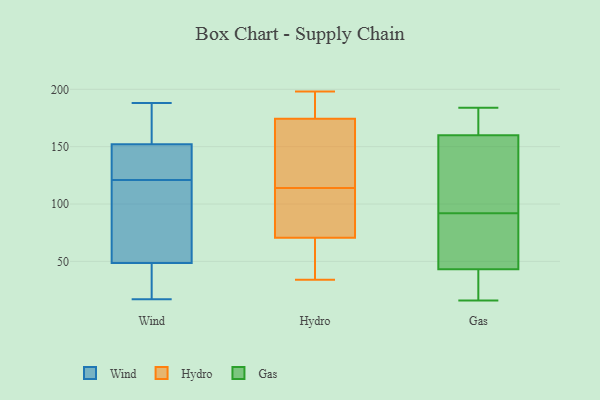
{"axis": {"x": "Operating Costs (USD K)", "y": "Value"}, "legend": ["Gas", "Hydro", "Wind"], "data": [{"x": "", "y": 153, "type": "Wind"}, {"x": "", "y": 154, "type": "Wind"}, {"x": "", "y": 137, "type": "Wind"}, {"x": "", "y": 123, "type": "Wind"}, {"x": "", "y": 18, "type": "Wind"}, {"x": "", "y": 99, "type": "Wind"}, {"x": "", "y": 143, "type": "Wind"}, {"x": "", "y": 30, "type": "Wind"}, {"x": "", "y": 103, "type": "Wind"}, {"x": "", "y": 66, "type": "Wind"}, {"x": "", "y": 31, "type": "Wind"}, {"x": "", "y": 17, "type": "Wind"}, {"x": "", "y": 173, "type": "Wind"}, {"x": "", "y": 151, "type": "Wind"}, {"x": "", "y": 188, "type": "Wind"}, {"x": "", "y": 86, "type": "Wind"}, {"x": "", "y": 19, "type": "Wind"}, {"x": "", "y": 119, "type": "Wind"}, {"x": "", "y": 139, "type": "Wind"}, {"x": "", "y": 153, "type": "Wind"}, {"x": "", "y": 120, "type": "Hydro"}, {"x": "", "y": 114, "type": "Hydro"}, {"x": "", "y": 194, "type": "Hydro"}, {"x": "", "y": 45, "type": "Hydro"}, {"x": "", "y": 181, "type": "Hydro"}, {"x": "", "y": 172, "type": "Hydro"}, {"x": "", "y": 198, "type": "Hydro"}, {"x": "", "y": 79, "type": "Hydro"}, {"x": "", "y": 79, "type": "Hydro"}, {"x": "", "y": 123, "type": "Hydro"}, {"x": "", "y": 34, "type": "Hydro"}, {"x": "", "y": 35, "type": "Hydro"}, {"x": "", "y": 111, "type": "Hydro"}, {"x": "", "y": 163, "type": "Gas"}, {"x": "", "y": 20, "type": "Gas"}, {"x": "", "y": 20, "type": "Gas"}, {"x": "", "y": 101, "type": "Gas"}, {"x": "", "y": 141, "type": "Gas"}, {"x": "", "y": 184, "type": "Gas"}, {"x": "", "y": 65, "type": "Gas"}, {"x": "", "y": 159, "type": "Gas"}, {"x": "", "y": 58, "type": "Gas"}, {"x": "", "y": 168, "type": "Gas"}, {"x": "", "y": 19, "type": "Gas"}, {"x": "", "y": 116, "type": "Gas"}, {"x": "", "y": 51, "type": "Gas"}, {"x": "", "y": 170, "type": "Gas"}, {"x": "", "y": 92, "type": "Gas"}, {"x": "", "y": 66, "type": "Gas"}, {"x": "", "y": 16, "type": "Gas"}]}